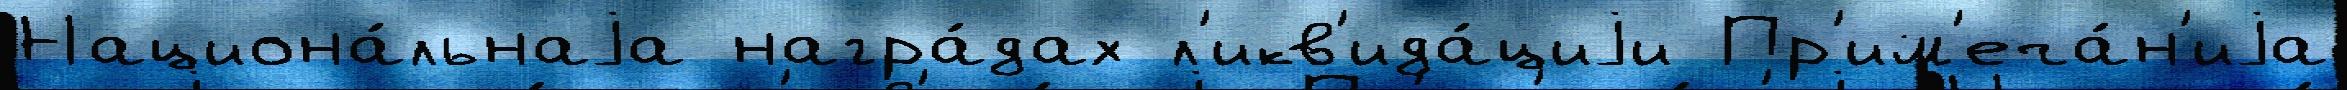
Национа́льнаjа награ́дах л'икв'ида́циjи Пр'им'еча́н'иjа